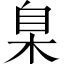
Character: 臬